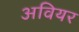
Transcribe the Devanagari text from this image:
अवियर